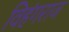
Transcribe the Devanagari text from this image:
विहंगराज